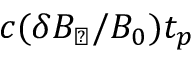
c ( \delta B _ { \perp } / B _ { 0 } ) t _ { p }